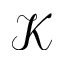
\mathcal { K }